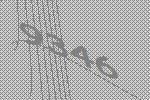
9346